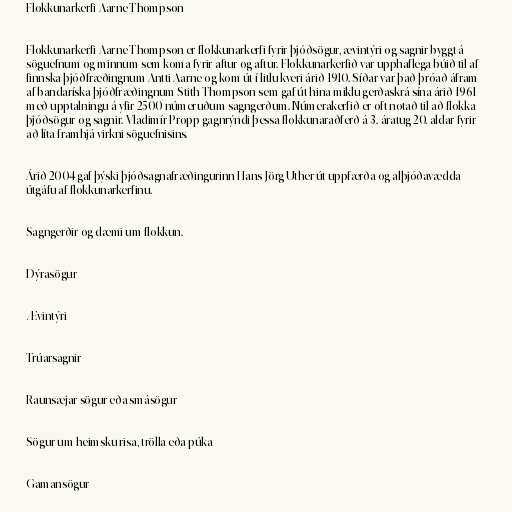
Flokkunarkerfi Aarne-Thompson

Flokkunarkerfi Aarne-Thompson er flokkunarkerfi fyrir þjóðsögur, ævintýri og sagnir byggt á
söguefnum og minnum sem koma fyrir aftur og aftur. Flokkunarkerfið var upphaflega búið til af
finnska þjóðfræðingnum Antti Aarne og kom út í litlu kveri árið 1910. Síðar var það þróað áfram
af bandaríska þjóðfræðingnum Stith Thompson sem gaf út hina miklu gerðaskrá sína árið 1961
með upptalningu á yfir 2500 númeruðum sagngerðum. Númerakerfið er oft notað til að flokka
þjóðsögur og sagnir. Vladimír Propp gagnrýndi þessa flokkunaraðferð á 3. áratug 20. aldar fyrir
að líta framhjá virkni söguefnisins.

Árið 2004 gaf þýski þjóðsagnafræðingurinn Hans-Jörg Uther út uppfærða og alþjóðavædda
útgáfu af flokkunarkerfinu.

Sagngerðir og dæmi um flokkun.

Dýrasögur

Ævintýri

Trúarsagnir

Raunsæjar sögur eða smásögur

Sögur um heimsku risa, trölla eða púka

Gamansögur